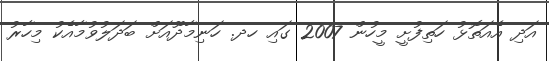
އަދި އެއަތޮޅު ހަތިފުށީ މީހުން 2007 ގައި ހދ. ހަނިމާދޫއަށް ބަދަލުވުމާއެކު މިހާރު